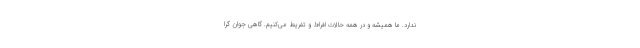
ندارد. ما همیشه و در همه حالات افراط و تفریط می‌کنیم. گاهی جوان گرا